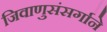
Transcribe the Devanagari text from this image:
जिवाणुसंसर्गाने